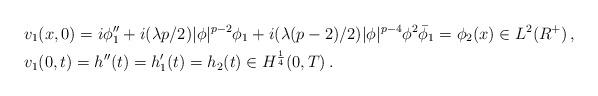
LaTeX: \begin{align*}&v_1 ( x, 0 ) = i \phi ''_{1} + i(\lambda p/ 2) |\phi|^{p-2} \phi_1 + i(\lambda (p-2)/ 2 ) |\phi |^{p-4} \phi ^2 \bar \phi_1 = \phi_2 (x) \in L^2(R^+)\, ,\\&v_1 ( 0, t) = h'' (t) = h'_1 (t) = h_2 ( t ) \in {H^{\frac14}(0,T)}\, .\end{align*}